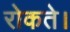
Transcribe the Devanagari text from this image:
रोकते।